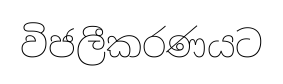
විජලීකරණයට